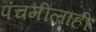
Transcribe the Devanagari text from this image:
पंचमीलाही